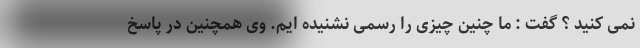
نمی کنید ؟ گفت : ما چنین چیزی را رسمی نشنیده ایم. وی همچنین در پاسخ